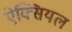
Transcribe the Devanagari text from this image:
ऐक्सियल